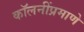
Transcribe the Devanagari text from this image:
कॉलनींप्रमाणे